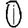
Digit: 0